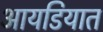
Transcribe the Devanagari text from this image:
आयडियात